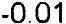
-0.01